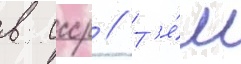
в ссср // Т'е́м